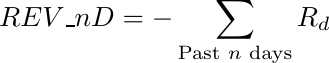
\begin{equation*}
    REV\_{nD} = - \sum_{\text{Past } n \text{ days}}  R_{d}
\end{equation*}